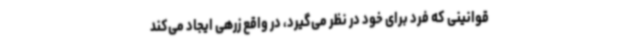
قوانینی که فرد برای خود در نظر می‌گیرد، در واقع زرهی ایجاد می‌کند